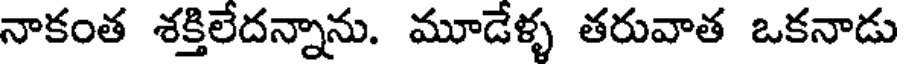
నాకంత శక్తిలేదన్నాను. మూడేళ్ళ తరువాత ఒకనాడు